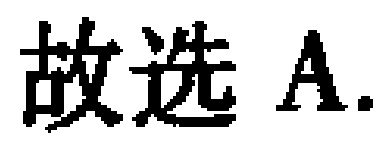
故选 A.